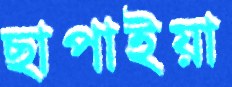
ছাপাইয়া